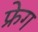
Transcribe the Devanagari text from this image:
फ्रेग